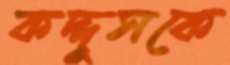
কদ্দুসকে